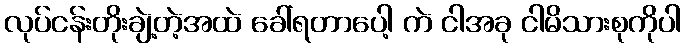
လုပ်ငန်းတိုးချဲ့တဲ့အထဲ ခေါ်ရတာပေါ့ ကဲ ငါအခု ငါမိသားစုကိုပါ